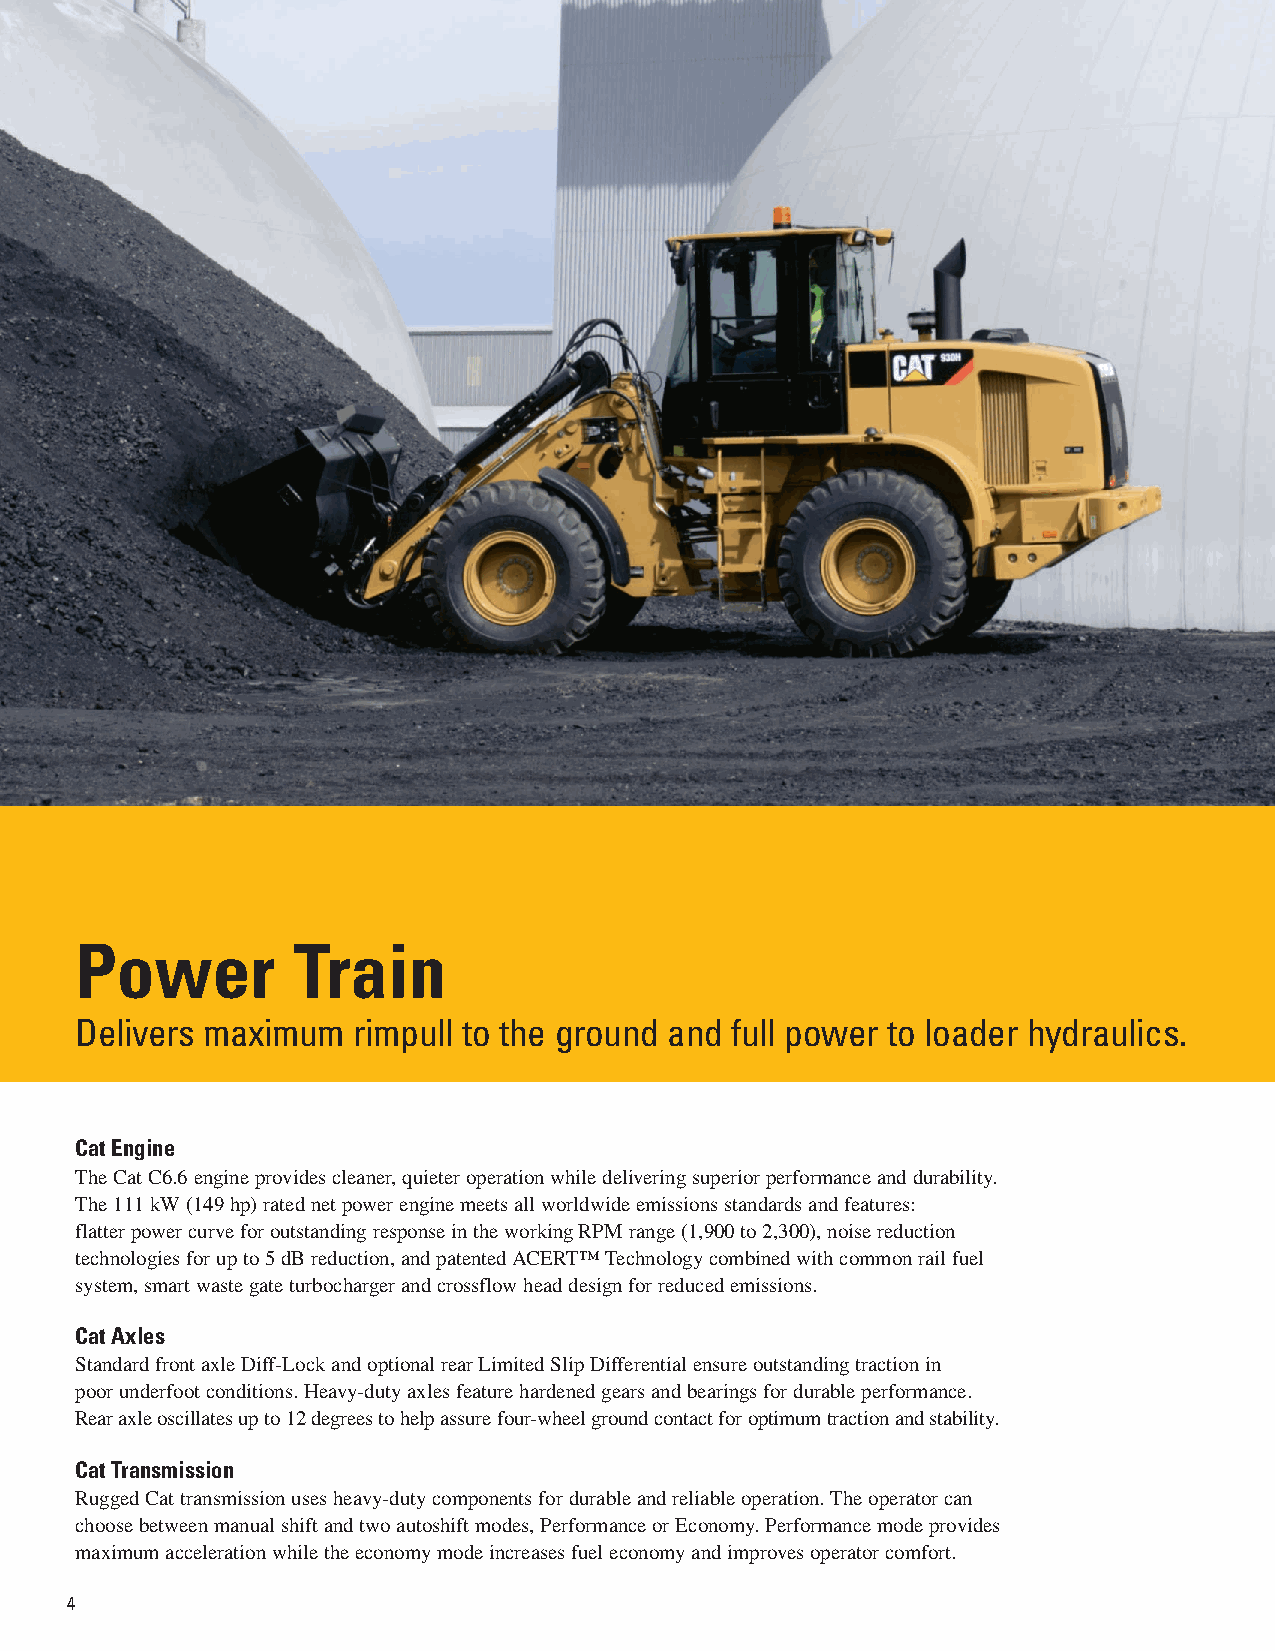
Power         Train
 Delivers maximum  rimpull to the ground and full power to loader hydraulics.
 Cat Engine
 The Cat C6.6 engine provides cleaner, quieter operation while delivering superior performance and durability.
 The 111 kW (149 hp) rated net power engine meets all worldwide emissions standards and features:
 flatter power curve for outstanding response in the working RPM range (1,900 to 2,300), noise reduction
 technologies for up to 5 dB reduction, and patented ACERT™ Technology combined with common rail fuel
 system, smart waste gate turbocharger and crossflow head design for reduced emissions.
 Cat Axles
 Standard front axle Diff-Lock and optional rear Limited Slip Differential ensure outstanding traction in
 poor underfoot conditions. Heavy-duty axles feature hardened gears and bearings for durable performance.
 Rear axle oscillates up to 12 degrees to help assure four-wheel ground contact for optimum traction and stability.
 Cat Transmission
 Rugged Cat transmission uses heavy-duty components for durable and reliable operation. The operator can
 choose between manual shift and two autoshift modes, Performance or Economy. Performance mode provides
 maximum acceleration while the economy mode increases fuel economy and improves operator comfort.
 4